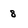
Character: 8